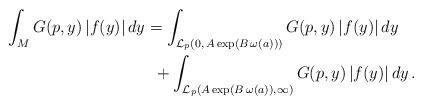
LaTeX: \begin{align*} \int_{M}G(p,y)\,|f(y)|\,dy &= \int_{\mathcal{L}_{p}\left(0, \,A \exp \left(B\, \omega(a)\right)\right)} G(p,y)\,|f(y)|\,dy \\ &\,\,\,+ \int_{\mathcal{L}_{p}\left(A \exp \left(B\, \omega(a)\right),\infty\right)} G(p,y)\,|f(y)|\,dy \,.\end{align*}